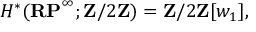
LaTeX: H ^ { * } ( \mathbf { R P } ^ { \infty } ; \mathbf { Z } / 2 \mathbf { Z } ) = \mathbf { Z } / 2 \mathbf { Z } [ w _ { 1 } ] ,